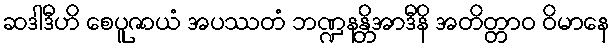
ဆဒါဒီဟိ စေပူဇာယံ အပဿတံ ဘဏ္ဍနန္တိအာဒီနိ အတိတ္တာဝ ဝိမာနေ